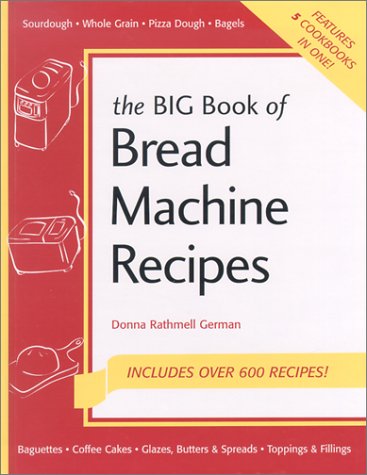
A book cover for Big Book of Bread Machines (Nitty Gritty Cookbooks: Bread Books); Donna Rathmell German; Cookbooks, Food & Wine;